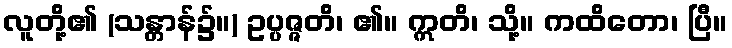
လူတို့၏ (သန္တာန်၌။) ဥပ္ပဇ္ဇတိ၊ ၏။ ဣတိ၊ သို့။ ကထိတော၊ ပြီ။